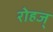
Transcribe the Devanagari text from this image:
रोहज्